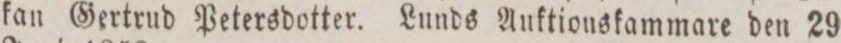
kan Gertrud Petersdotter. Lunds Auktionskammare den 29